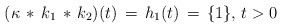
\begin{align*}(\kappa\,*\, k_1\, *\, k_2)(t)\, =\, h_1(t)\, = \, \{1\},\, t>0\end{align*}